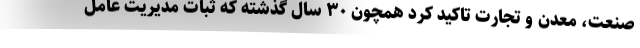
صنعت، معدن و تجارت تاکید کرد همچون ۳۰ سال‌ گذشته که ثبات مدیریت عامل